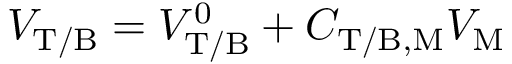
V _ { \mathrm { T / B } } = V _ { \mathrm { T / B } } ^ { 0 } + C _ { \mathrm { T / B , M } } V _ { \mathrm { M } }